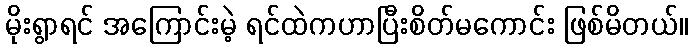
မိုးရွာရင် အကြောင်းမဲ့ ရင်ထဲကဟာပြီးစိတ်မကောင်း ဖြစ်မိတယ်။